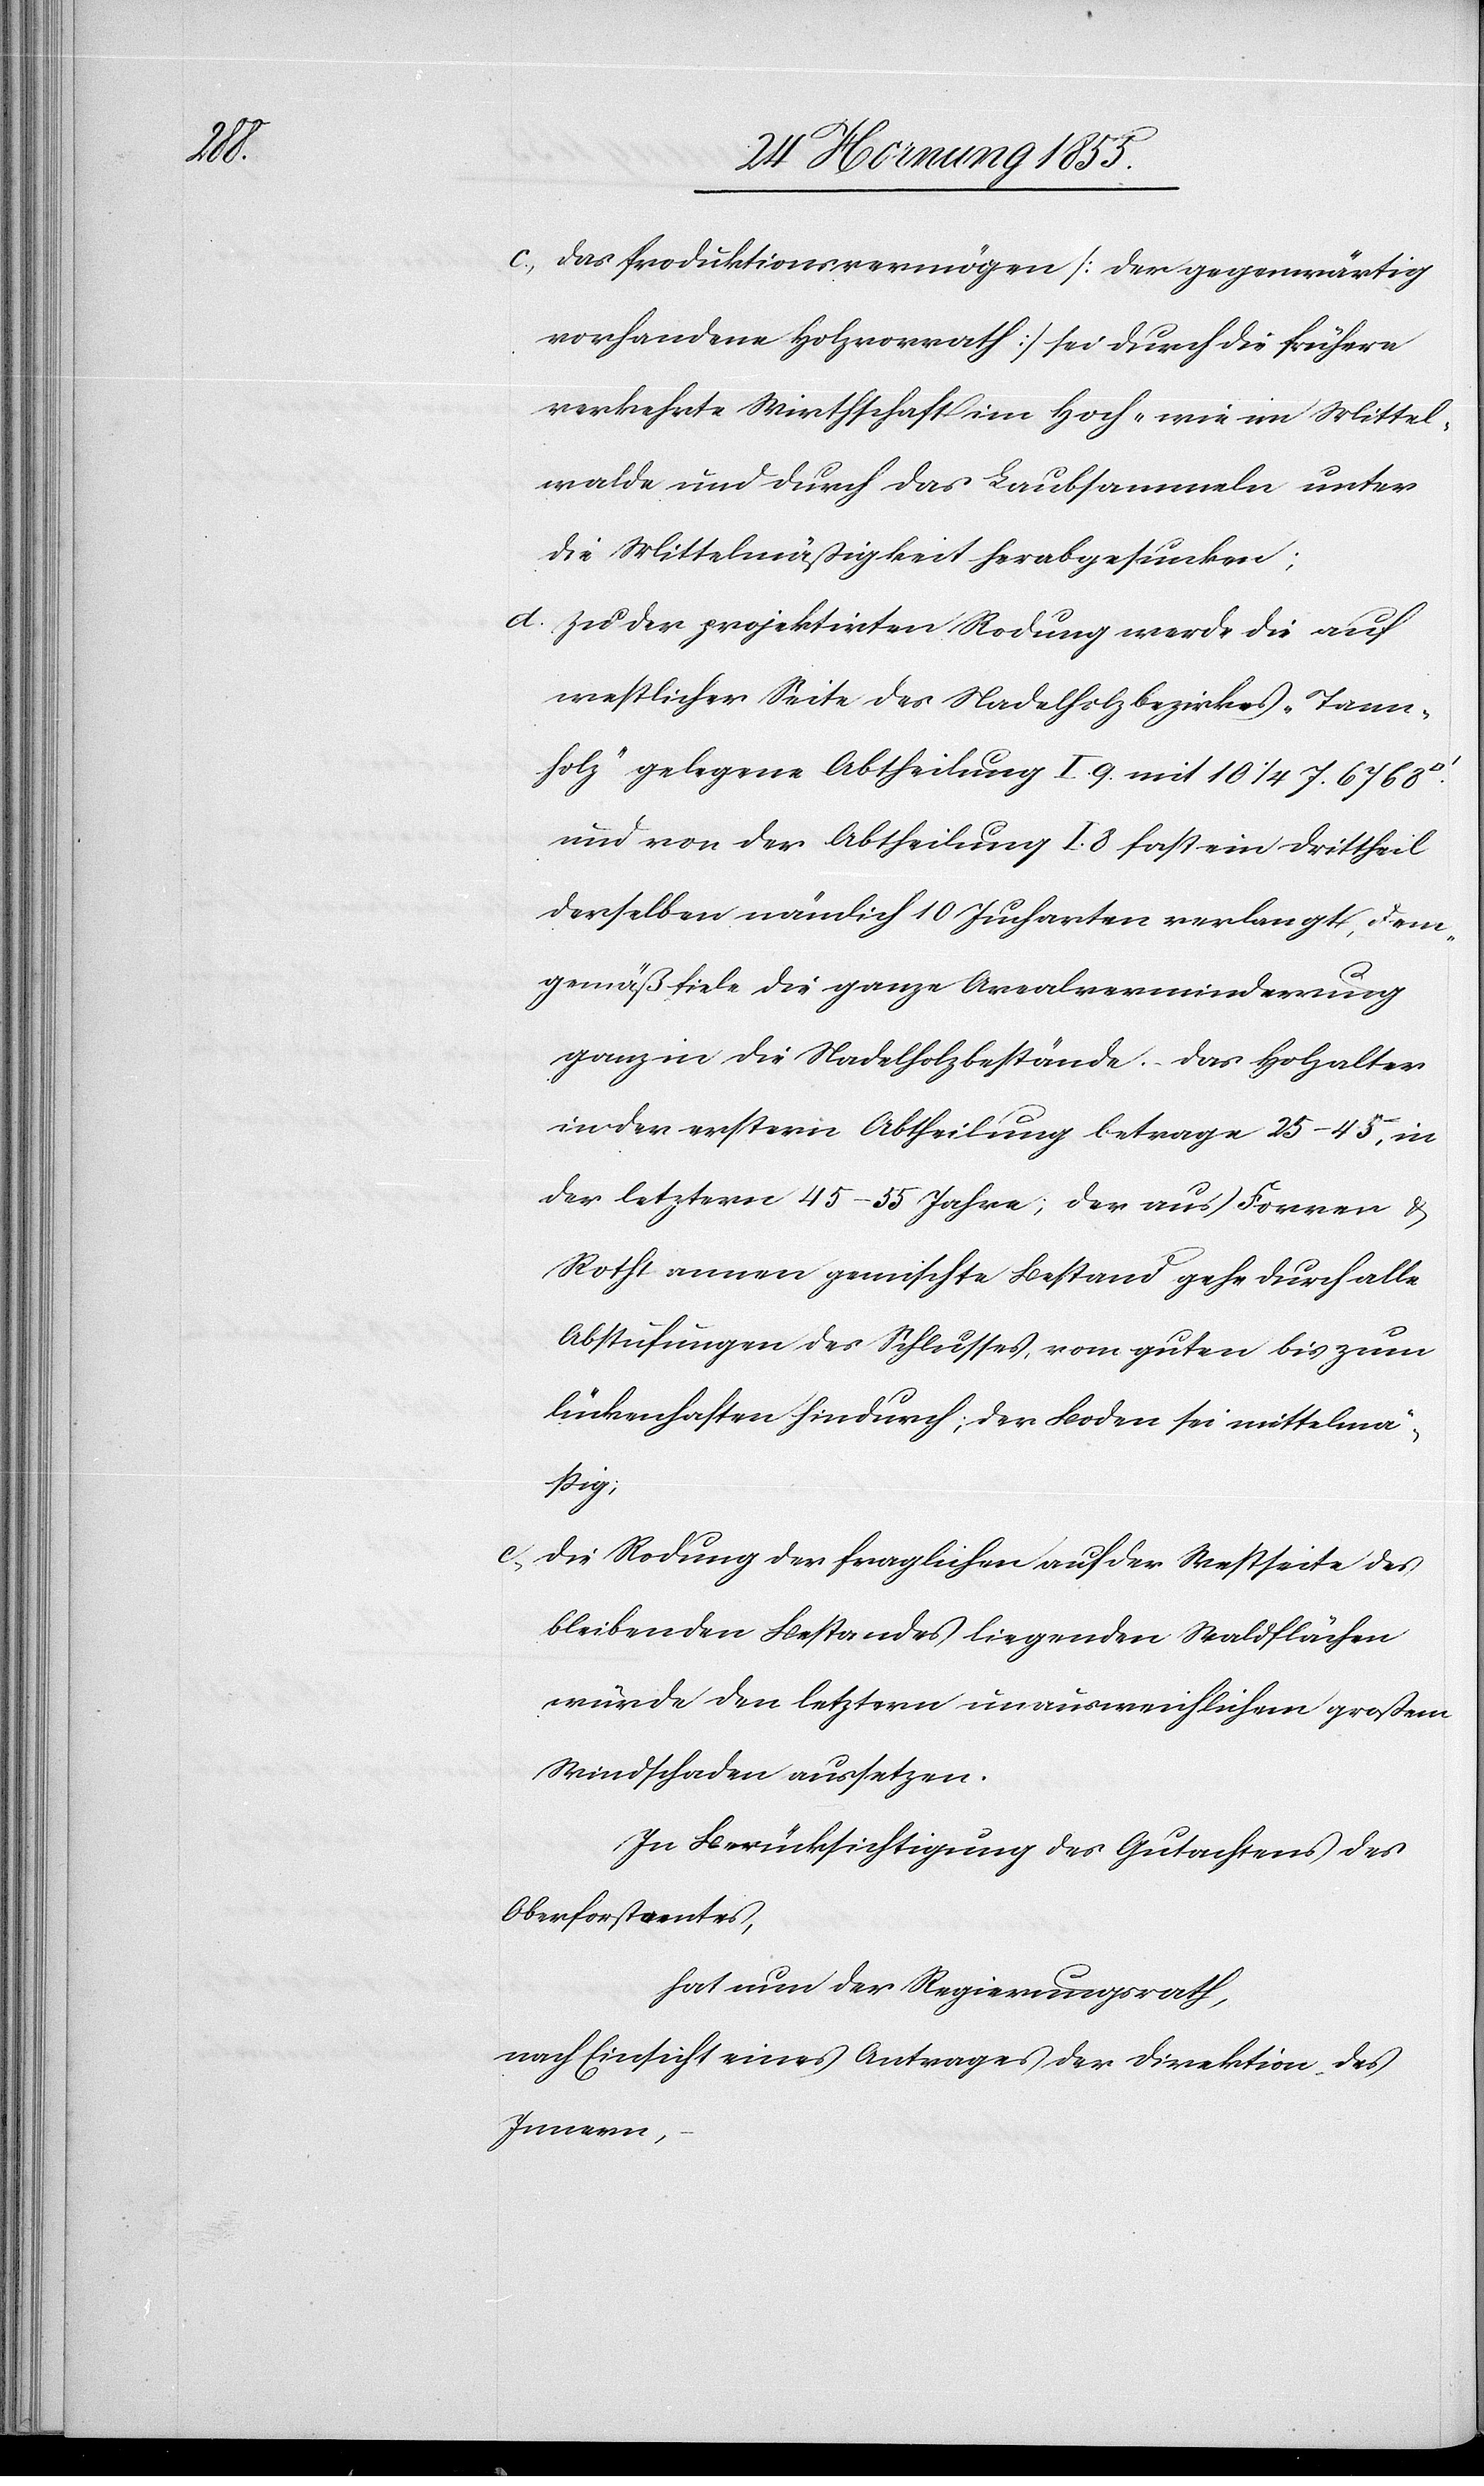
das Produktionsvermögen [der gegenwärtig
vorhandene Holzvorrath] sei durch die frühere
verkehrte Wirthschaft im Hoch- wie im Mittel¬
walde und durch das Laubsammeln unter
die Mittelmäßigkeit herabgesunken;
zu der projektirten Rodung werde die auf
westlicher Seite des Nadelholzbezirkes „Tann¬
holz“ gelegene Abtheilung I. 9. mit 10 1/4 J. 6768
und von der Abtheilung I. 8 fast ein Drittheil
derselben nämlich 10 Jucharten verlangt, dem¬
gemäß fiele die ganze Arealverminderung
ganz in die Nadelholzbestände. Das Holzalter
in der erstern Abtheilung betrage 25–45, in
der letztern 45–55 Jahre, der aus Forren &
Rothtannen gemischte Bestand gehe durch alle
Abstufungen des Schlusses, vom guten bis zum
lückenhaften hindurch; der Boden sei mittelmä¬
ßig;
die Rodung der fraglichen auf der Westseite des
bleibenden Bestandes liegenden Waldflächen
würde den letztern unausweichlichem großem
Windschaden aussetzen.
In Berücksichtigung des Gutachtens des
Oberforstamtes,
hat nun der Regierungsrath,
nach Einsicht eines Antrages der Direktion des
Innern,